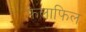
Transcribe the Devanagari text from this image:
फेलाफिल